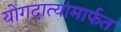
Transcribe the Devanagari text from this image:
योगदात्यांमार्फत